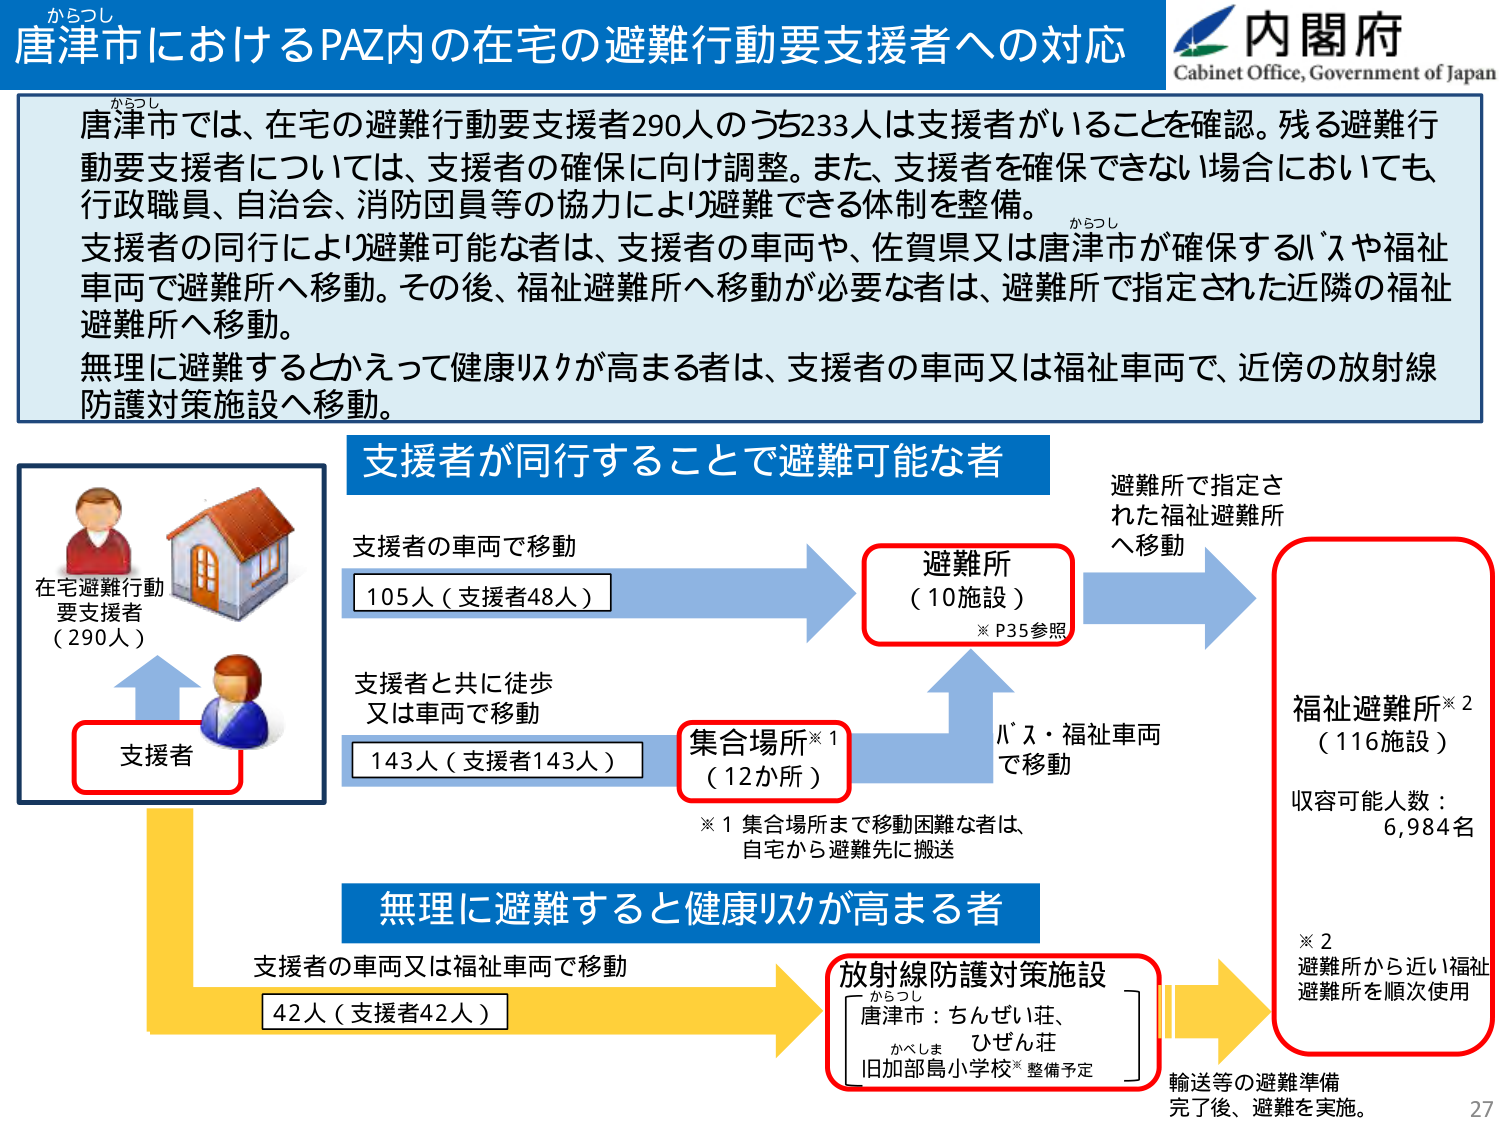
からつし
唐津市におけるPAZ内の在宅の避難行動要支援者への対応
内閣府
Cabinet Office, Government of Japan

からつし
唐津市では、在宅の避難行動要支援者290人のうち233人は支援者がいることを確認。残る避難行動要支援者については、支援者の確保に向け調整。また、支援者を確保できない場合においても、行政職員、自治会、消防団員等の協力により避難できる体制を整備。
からつし
支援者の同行により避難可能な者は、支援者の車両や、佐賀県又は唐津市が確保するバスや福祉車両で避難所へ移動。その後、福祉避難所へ移動が必要な者は、避難所で指定された近隣の福祉避難所へ移動。
無理に避難するとかえって健康リスクが高まる者は、支援者の車両又は福祉車両で、近傍の放射線防護対策施設へ移動。

支援者が同行することで避難可能な者
支援者の車両で移動
105人（支援者48人）
→ 避難所（10施設）
※P35参照
→ 避難所で指定された福祉避難所へ移動
→ 福祉避難所※2（116施設）
収容可能人数：6,984名
※2 避難所から近い福祉避難所を順次使用

支援者と共に徒歩又は車両で移動
143人（支援者143人）
→ 集合場所※1（12か所）
※1 集合場所まで移動困難な者は、自宅から避難先に搬送
→ バス・福祉車両で移動

在宅避難行動要支援者（290人）
支援者

無理に避難すると健康リスクが高まる者
支援者の車両又は福祉車両で移動
42人（支援者42人）
→ 放射線防護対策施設
唐津市：ちんぜい荘、ひぜん荘
かべしま
旧加部島小学校※整備予定
→ 輸送等の避難準備完了後、避難を実施。

27